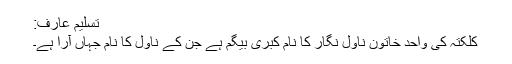
تسلیم عارف:
کلکتہ کی واحد خاتون ناول نگار کا نام کبری بیگم ہے جن کے ناول کا نام جہاں آرا ہے۔